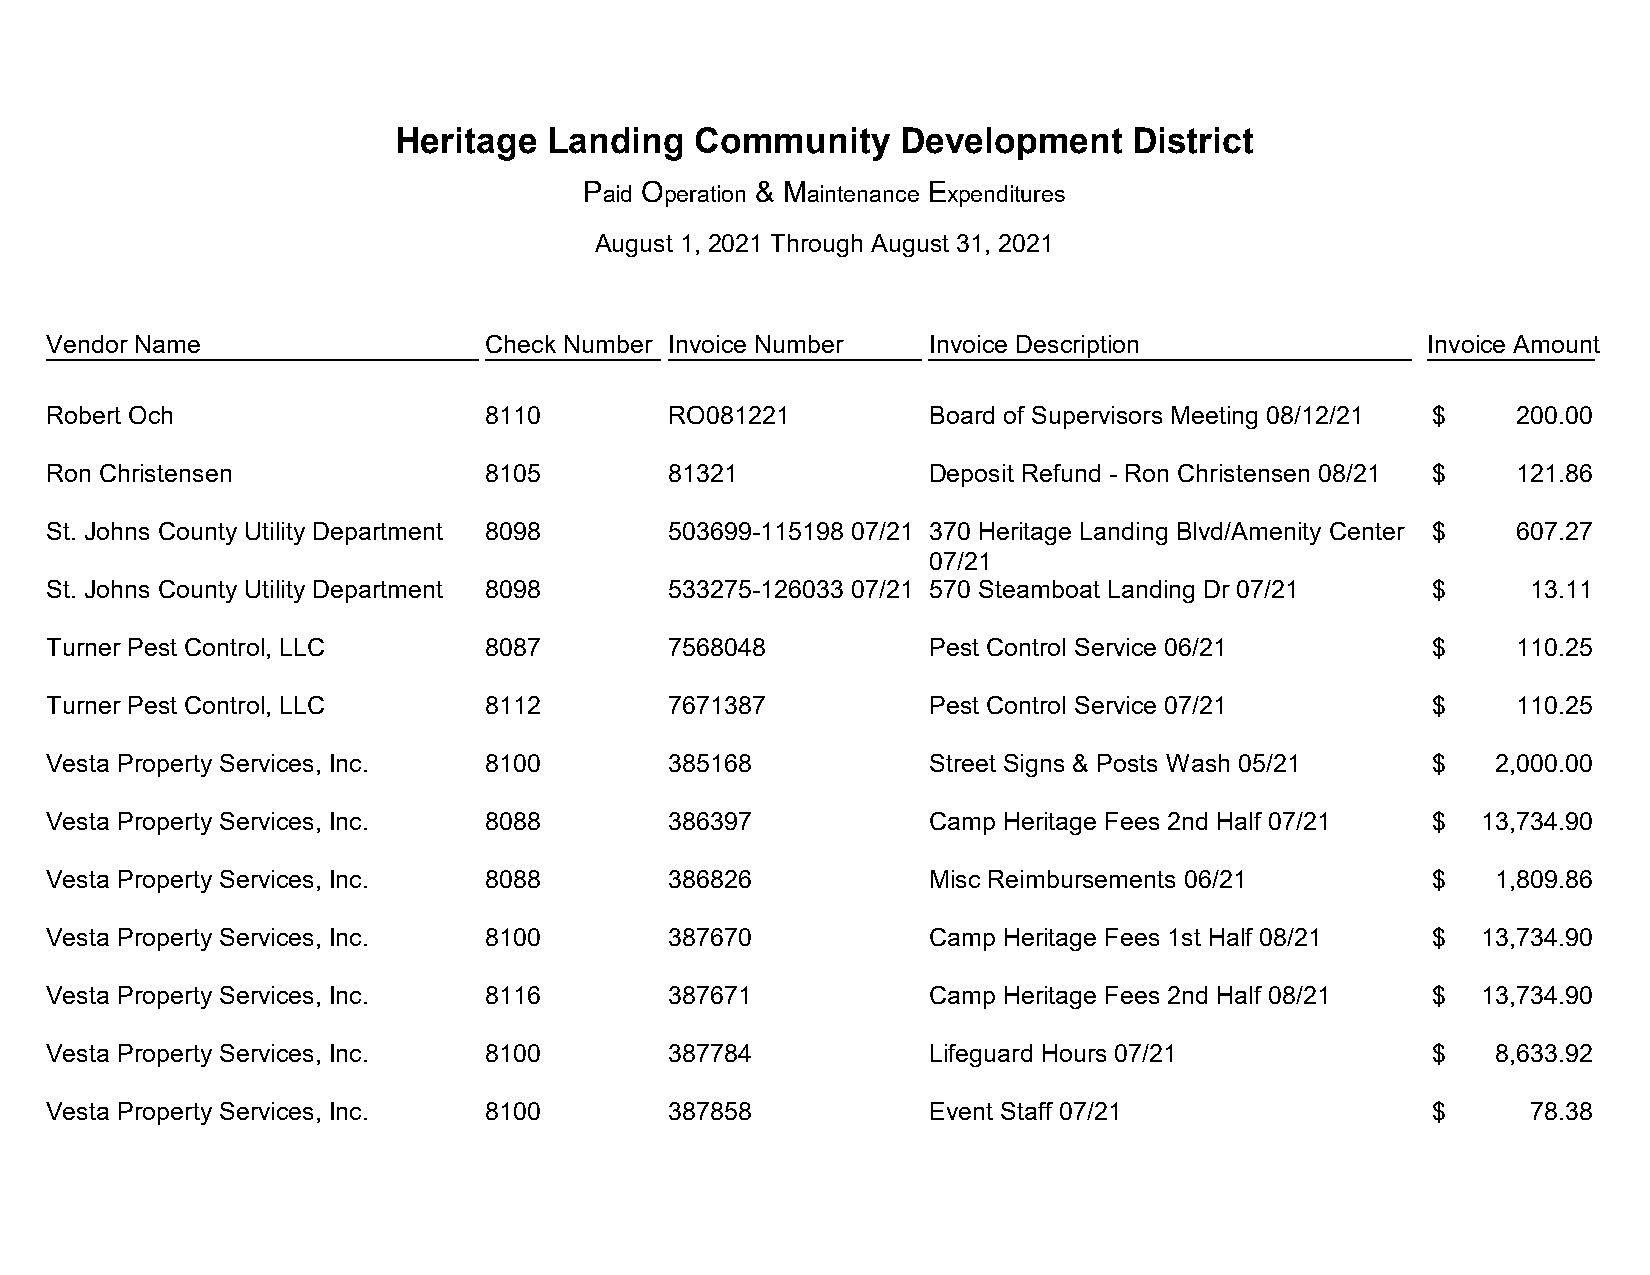
Heritage  Landing   Community    Development     District
 Paid Operation & Maintenance Expenditures
 August 1, 2021 Through August 31, 2021
 Vendor Name                  Check Number Invoice Number  Invoice Description              Invoice Amount
 Robert Och                   8110        RO081221         Board of Supervisors Meeting 08/12/21 $ 200.00
 Ron Christensen              8105        81321            Deposit Refund - Ron Christensen 08/21 $ 121.86
 St. Johns County Utility Department 8098 503699-115198 07/21 370 Heritage Landing Blvd/Amenity Center $ 607.27
 07/21
 St. Johns County Utility Department 8098 533275-126033 07/21 570 Steamboat Landing Dr 07/21 $     13.11
 Turner Pest Control, LLC     8087        7568048          Pest Control Service 06/21       $     110.25
 Turner Pest Control, LLC     8112        7671387          Pest Control Service 07/21       $     110.25
 Vesta Property Services, Inc. 8100       385168           Street Signs & Posts Wash 05/21  $    2,000.00
 Vesta Property Services, Inc. 8088       386397           Camp Heritage Fees 2nd Half 07/21 $  13,734.90
 Vesta Property Services, Inc. 8088       386826           Misc Reimbursements 06/21        $    1,809.86
 Vesta Property Services, Inc. 8100       387670           Camp Heritage Fees 1st Half 08/21 $  13,734.90
 Vesta Property Services, Inc. 8116       387671           Camp Heritage Fees 2nd Half 08/21 $  13,734.90
 Vesta Property Services, Inc. 8100       387784           Lifeguard Hours 07/21            $    8,633.92
 Vesta Property Services, Inc. 8100       387858           Event Staff 07/21                $      78.38